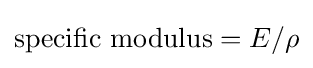
{\text{specific modulus}}=E/\rho